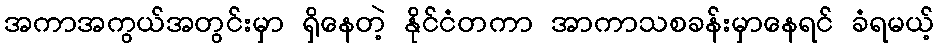
အကာအကွယ်အတွင်းမှာ ရှိနေတဲ့ နိုင်ငံတကာ အာကာသစခန်းမှာနေရင် ခံရမယ့်